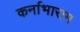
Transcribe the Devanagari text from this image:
कर्नाभाराम